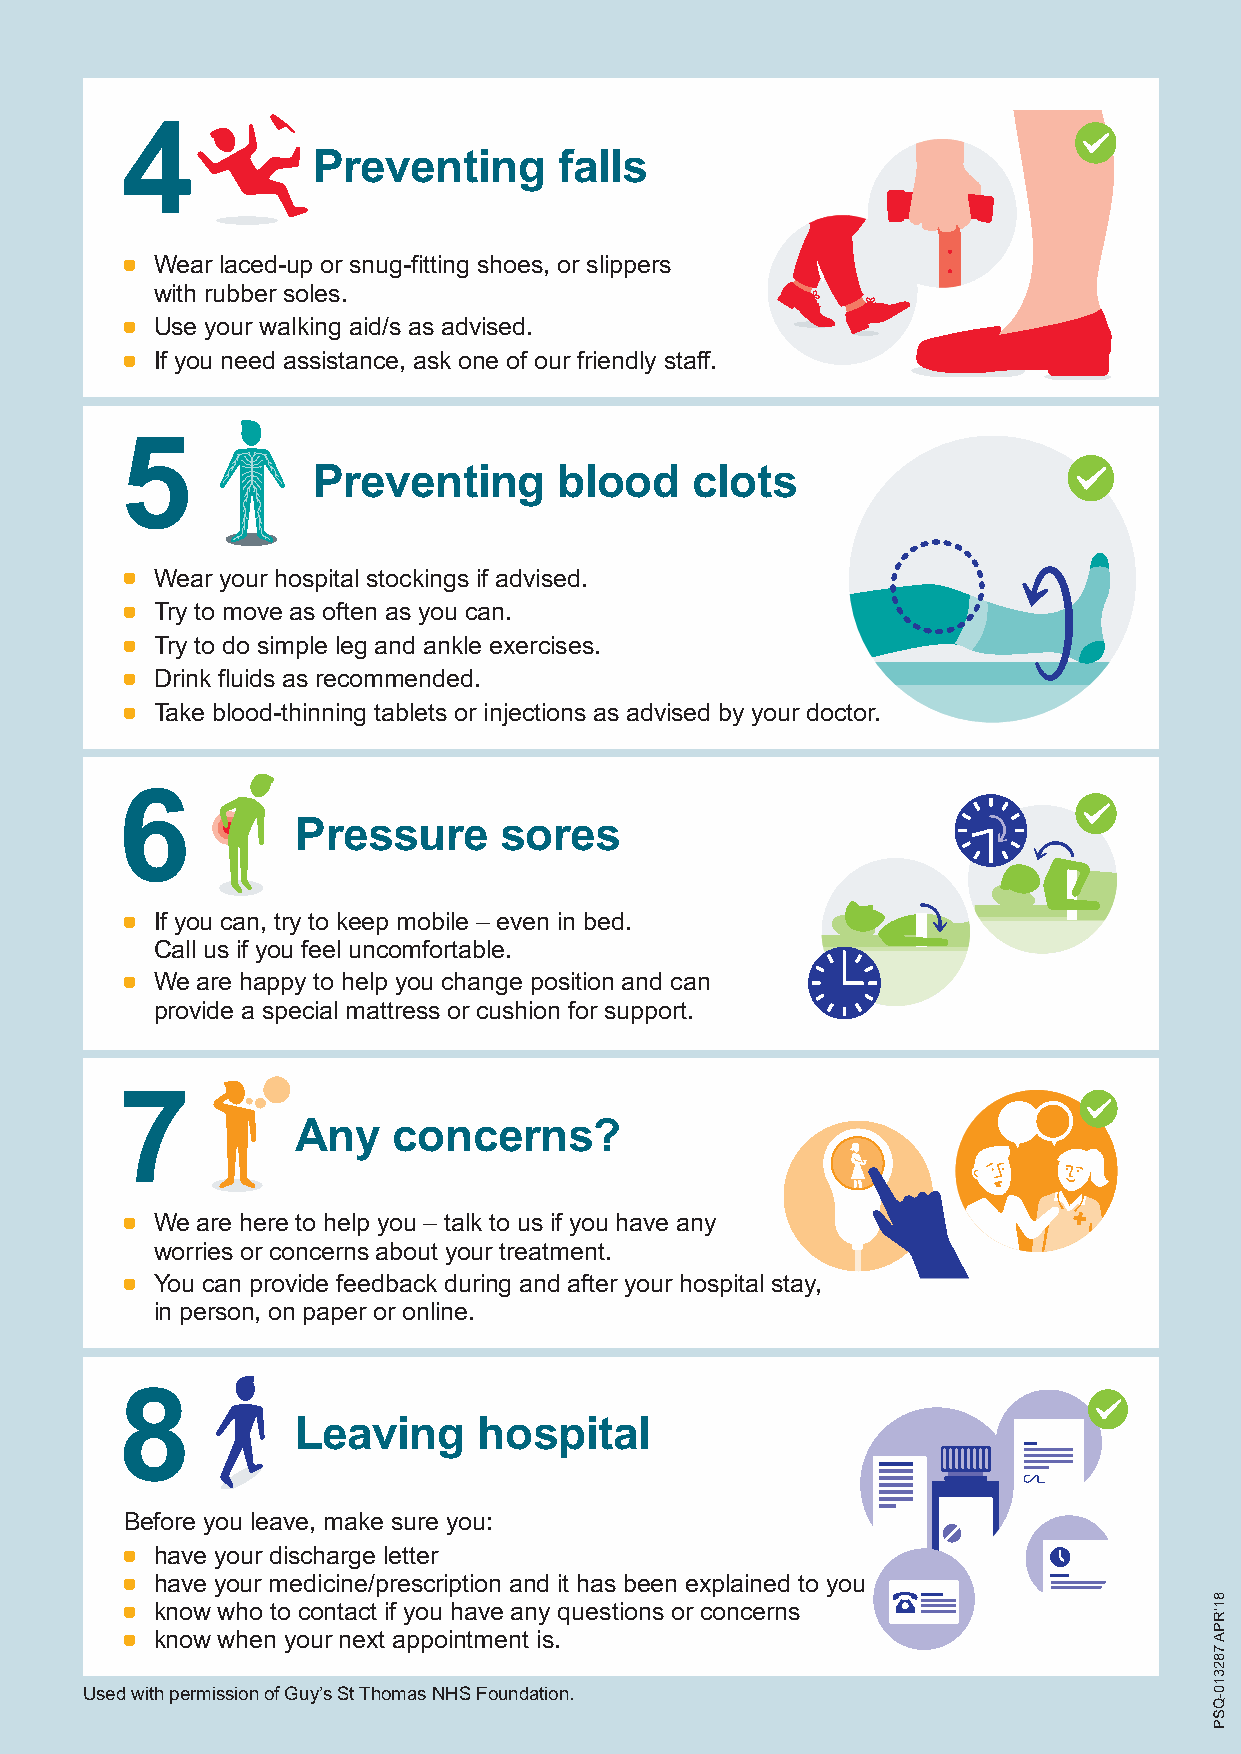
4
 Preventing      falls
 * Wear laced-up or snug-fitting shoes, or slippers
 with rubber soles.
 * Use your walking aid/s as advised.
 * If you need assistance, ask one of our friendly staff.
 5
 Preventing      blood    clots
 * Wear your hospital stockings if advised.
 * Try to move as often as you can.
 * Try to do simple leg and ankle exercises.
 * Drink fluids as recommended.
 * Take blood-thinning tablets or injections as advised by your doctor.
 6
 Pressure     sores
 * If you can, try to keep mobile – even in bed.
 Call us if you feel uncomfortable.
 * We are happy to help you change position and can
 provide a special mattress or cushion for support.
 7
 Any   concerns?
 * We are here to help you – talk to us if you have any
 worries or concerns about your treatment.
 * You can provide feedback during and after your hospital stay,
 in person, on paper or online.
 8
 Leaving     hospital
 Before you leave, make sure you:
 * have your discharge letter
 * have your medicine/prescription and it has been explained to you
 * know who to contact if you have any questions or concerns
 * know when your next appointment is.
 Used with permission of Guy’s St Thomas NHS Foundation.
 81’RPA
 782310-QSP